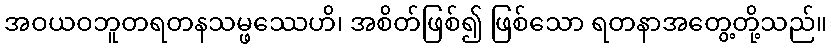
အဝယဝဘူတရတနသမ္ဖဿေဟိ၊ အစိတ်ဖြစ်၍ ဖြစ်သော ရတနာအတွေ့တို့သည်။